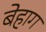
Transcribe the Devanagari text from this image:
बेहाग